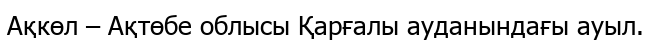
Ақкөл – Ақтөбе облысы Қарғалы ауданындағы ауыл.